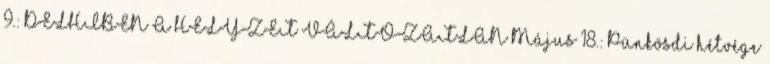
9.: DELHIBEN A HELYZET VÁLTOZATLAN Május 18.: Pünkösdi hétvége